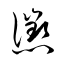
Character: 懲